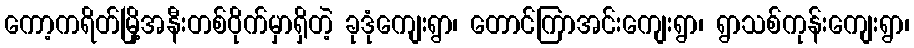
ကော့ကရိတ်မြို့အနီးတစ်ဝိုက်မှာရှိတဲ့ ခုဒုံကျေးရွာ၊ တောင်ကြာအင်းကျေးရွာ၊ ရွာသစ်ကုန်းကျေးရွာ၊